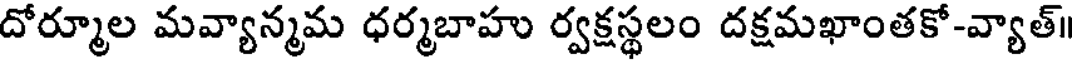
దోర్మూల మవ్యాన్మమ ధర్మబాహు ర్వక్షస్థలం దక్షమఖాంతకో-వ్యాత్।